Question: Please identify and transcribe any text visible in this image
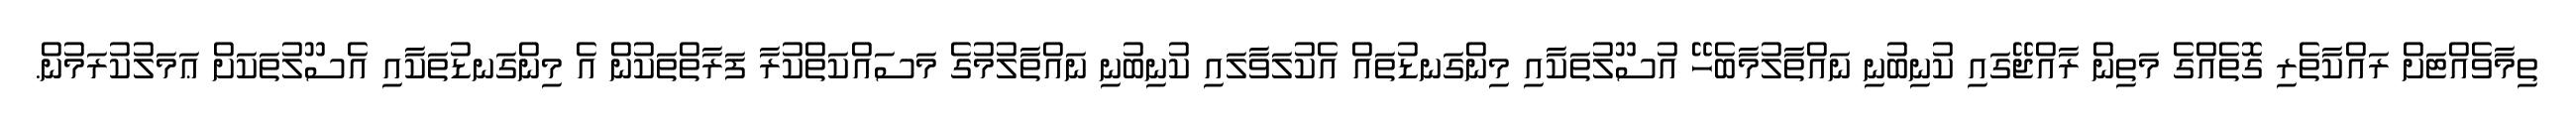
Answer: ތިމާވެއްޓަށް ރައްކާތެރި ގޮތެއްގެ މަތިން ރާއްޖޭގައި ކުނިބުނި ނައްތާލުމާބެހޭ އުސޫލުތަކާއި މިންގަނޑުތައް އެކުލަވާލައި ކުނިބުނި ނައްތާލުމުގެ މަސައްކަތްކުރާ ފަރާތްތަކުން އެ މިންގަނޑުތަކާއި އެސޫލުތަކަށް ޢަމަލުކުރަމުން.